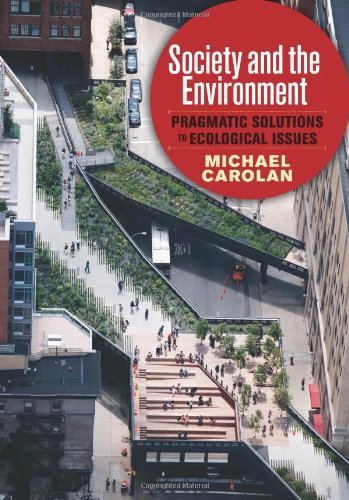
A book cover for Society and the Environment: Pragmatic Solutions to Ecological Issues; Michael Carolan; Politics & Social Sciences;